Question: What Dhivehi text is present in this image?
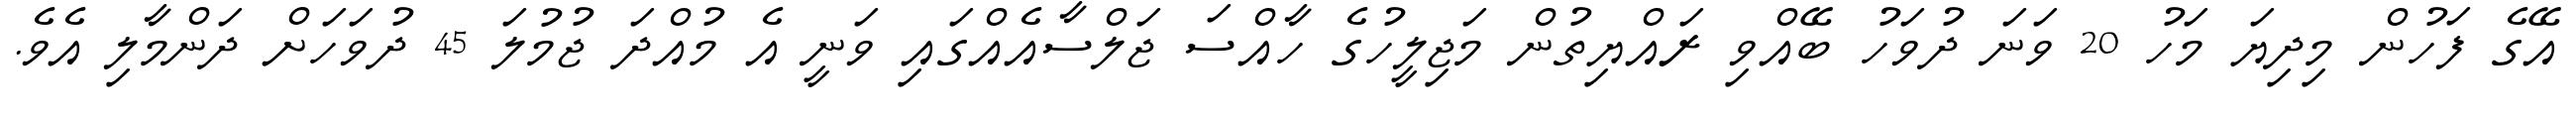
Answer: އޭގެ ފަހުން މިދިޔަ މަހު 20 ވަނަ ދުވަހު ބޭއްވި ރައްޔިތުން މަޖިލީހުގެ ހާއްސަ ޖަލްސާއެއްގައި ވަނީ އެ މުއްދަ ޖުމުލަ 45 ދުވަހަށް ދަންމާލި އެވެ.